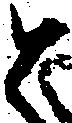
と